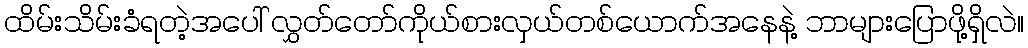
ထိမ်းသိမ်းခံရတဲ့အပေါ် လွှတ်တော်ကိုယ်စားလှယ်တစ်ယောက်အနေနဲ့ ဘာများပြောဖို့ရှိလဲ။